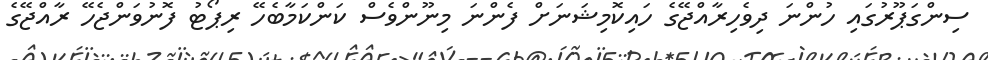
ސިންގަޕޫރުގައި ހުންނަ ދިވެހިރާއްޖޭގެ ހައިކޮމިޝަނަށް ފެންނަ މިނޫންވެސް ކަންކަމާބެހޭ ރިޕޯޓު ފޮނުވަންޖެހޭ ރާއްޖޭގެ